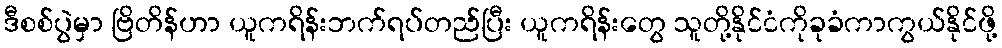
ဒီစစ်ပွဲမှာ ဗြိတိန်ဟာ ယူကရိန်းဘက်ရပ်တည်ပြီး ယူကရိန်းတွေ သူတို့နိုင်ငံကိုခုခံကာကွယ်နိုင်ဖို့